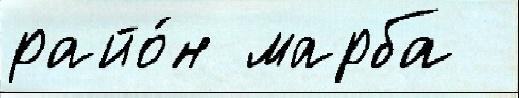
райо́н марба